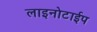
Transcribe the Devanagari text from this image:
लाइनोटाईप